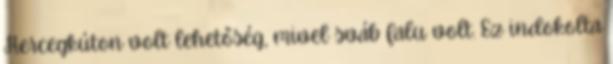
Hercegkúton volt lehetőség, mivel sváb falu volt. Ez indokolta